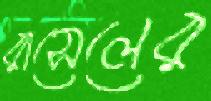
রাসেলের